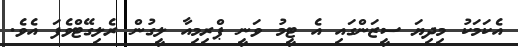
އެކަމަކު މިދިޔަ ސީޒަންގައި އެ ޓީމު ވަނީ ޕްރިމިއާ ލީގުން ރެލިގޭޓްވެފަ އެވެ.